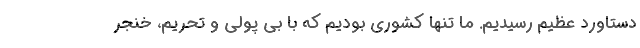
دستاورد عظیم رسیدیم. ما تنها کشوری بودیم که با بی پولی و تحریم، خنجر